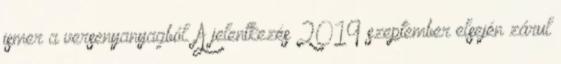
ismer a versenyanyagból. A jelentkezés 2019 szeptember elsején zárul